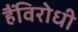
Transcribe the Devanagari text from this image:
हैंविरोधी